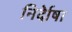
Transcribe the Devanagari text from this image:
निर्देाषा